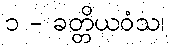
၁ - ခတ္တိယဝံသ၊